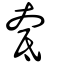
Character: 奃